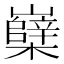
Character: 𡾹